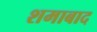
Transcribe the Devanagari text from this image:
शमाबाद